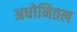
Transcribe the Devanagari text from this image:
अधोनितल